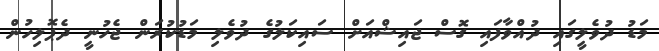
މަޑު ދުވެލީގައި ދުއްވާފައި ގޮސް ޖައިޝްއަށް ސައިކަލުގެ ދުވެލި މަޑުކުރަން ޖެހުނީ ދެޕޮލިހުން